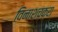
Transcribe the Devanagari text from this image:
विनाशचक्रा